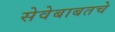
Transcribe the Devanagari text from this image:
सेवेबाबतचे